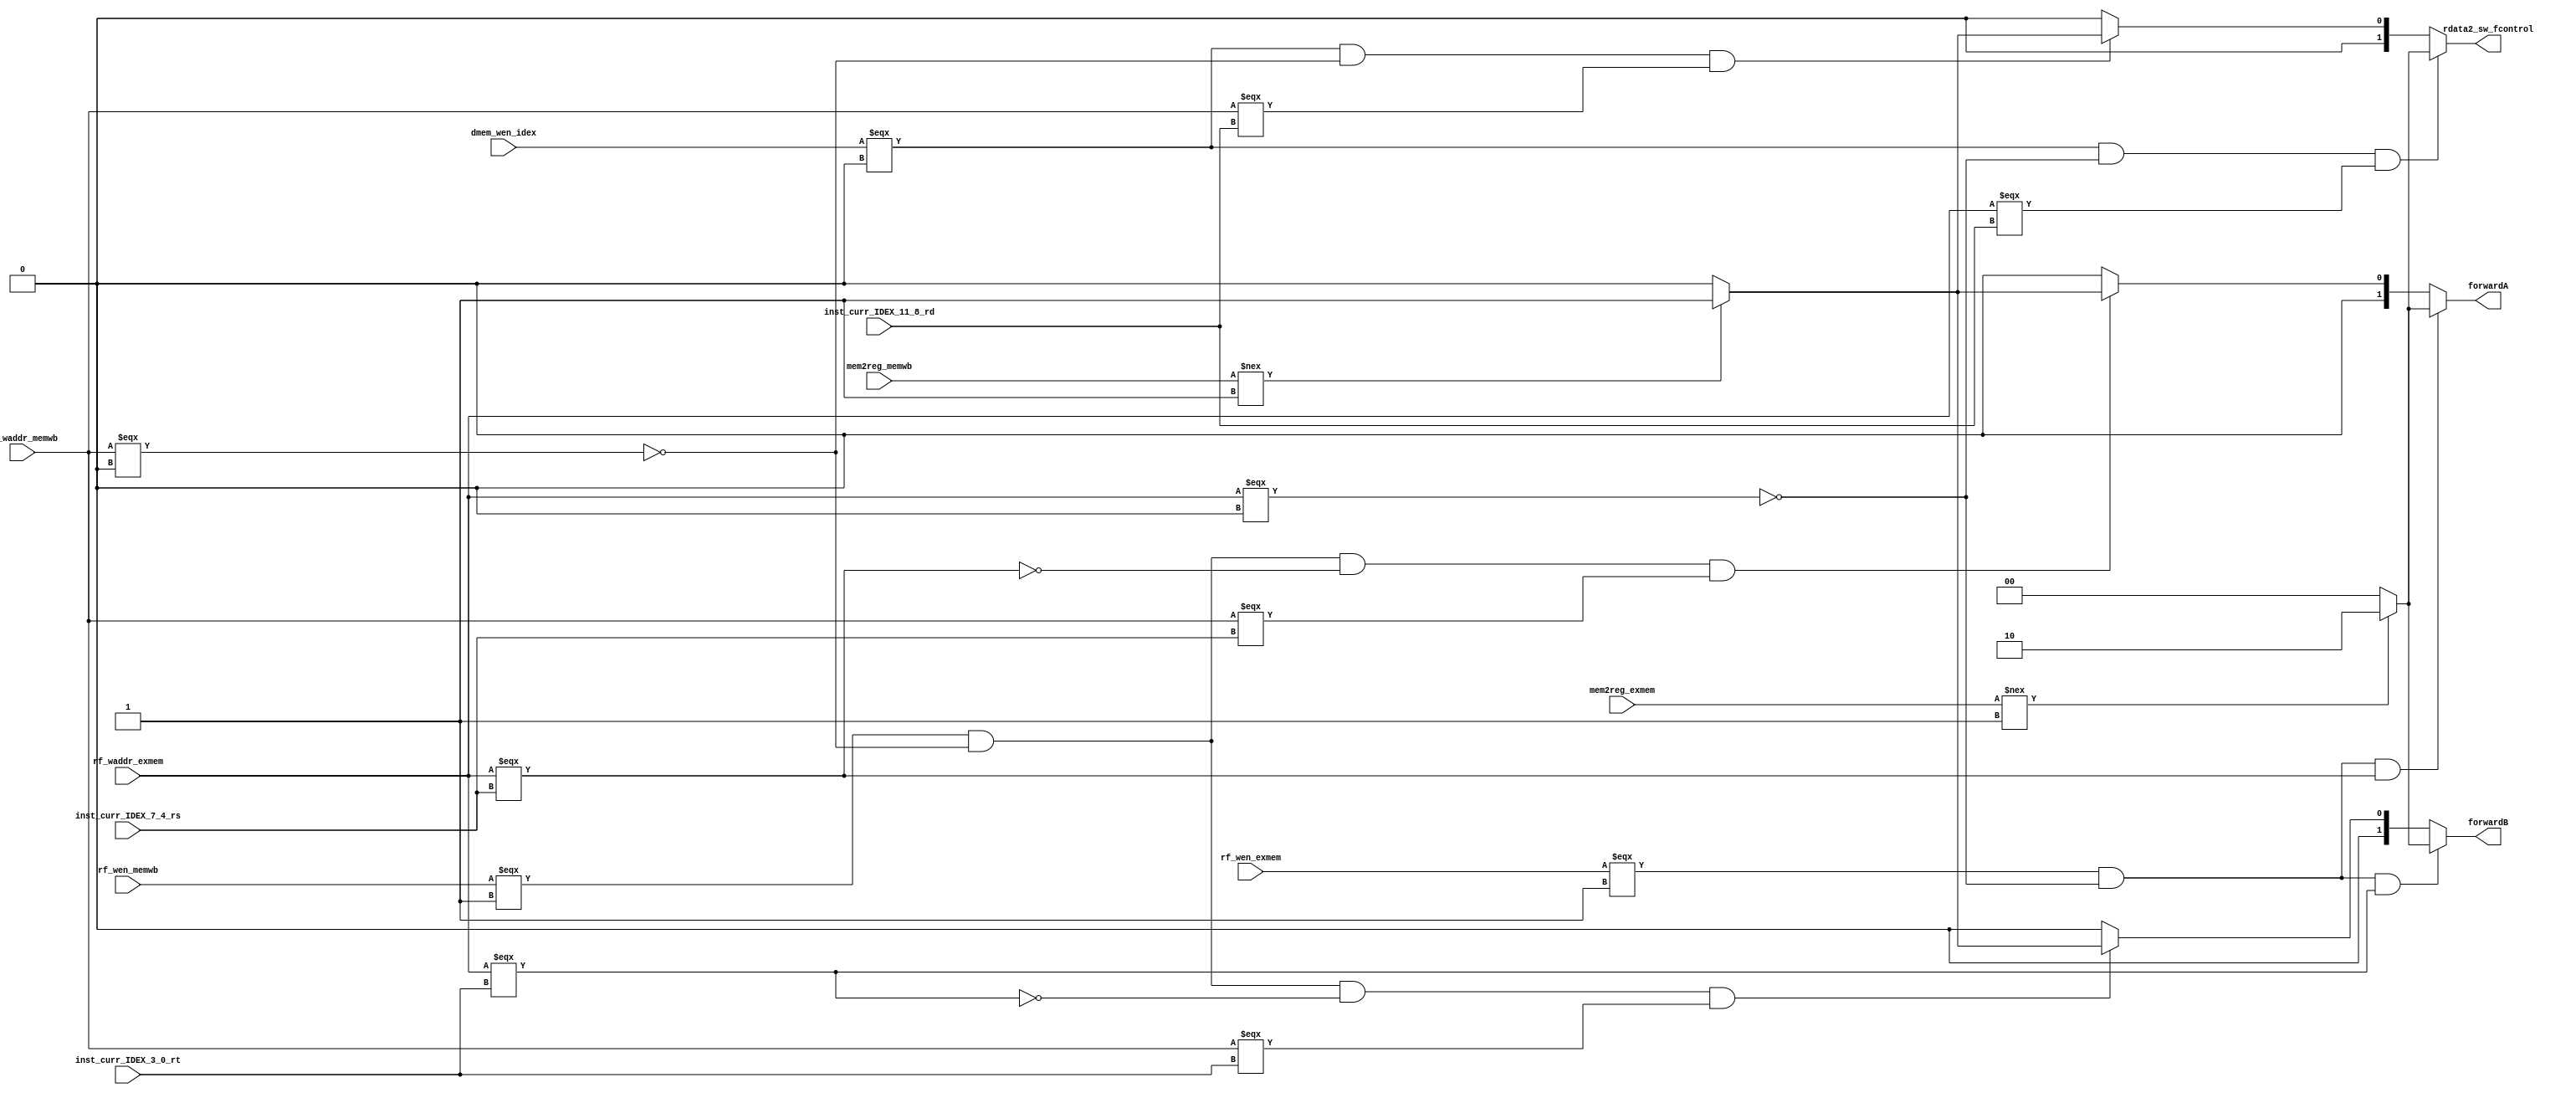
module forwarding_unit
  ( 
  rf_waddr_exmem,
  rf_waddr_memwb,
  inst_curr_IDEX_7_4_rs,
  inst_curr_IDEX_3_0_rt,
  inst_curr_IDEX_11_8_rd,
  rf_wen_exmem,
  rf_wen_memwb,
  mem2reg_memwb,
  mem2reg_exmem,
  dmem_wen_idex,
  forwardA,
  forwardB,
  rdata2_sw_fcontrol,
  );
  input [3:0] rf_waddr_exmem;
  input [3:0] rf_waddr_memwb;
  input [3:0] inst_curr_IDEX_7_4_rs;
  input [3:0] inst_curr_IDEX_3_0_rt;
  input [3:0] inst_curr_IDEX_11_8_rd;
  input rf_wen_exmem;
  input rf_wen_memwb;
  input mem2reg_memwb;
  input mem2reg_exmem;
  input dmem_wen_idex;
  output [1:0] forwardA;
  output [1:0] forwardB;
  output [1:0] rdata2_sw_fcontrol;
  assign forwardA = ((rf_wen_exmem === 1'b1) && (!(rf_waddr_exmem === 4'b0000)) 
              && (rf_waddr_exmem === inst_curr_IDEX_7_4_rs))? ((mem2reg_exmem!==1'b1)? 2'b10 : 2'b00) : 
              (((rf_wen_memwb === 1'b1) && (!(rf_waddr_memwb === 4'b0000))
              && (!(rf_waddr_exmem === inst_curr_IDEX_7_4_rs)) 
              && (rf_waddr_memwb === inst_curr_IDEX_7_4_rs)
              ) ? ((mem2reg_memwb!==1'b1)? 2'b01: 2'b00) : 2'b00);
  assign forwardB =  ((rf_wen_exmem === 1'b1) && (!(rf_waddr_exmem === 4'b0000)) 
              && (rf_waddr_exmem === inst_curr_IDEX_3_0_rt))? ((mem2reg_exmem!==1'b1)? 2'b10 : 2'b00) :  
              (((rf_wen_memwb === 1'b1) && (!(rf_waddr_memwb === 4'b0000))
              && (!(rf_waddr_exmem === inst_curr_IDEX_3_0_rt)) 
              && (rf_waddr_memwb === inst_curr_IDEX_3_0_rt)
              ) ? ((mem2reg_memwb!==1'b1)? 2'b01: 2'b00) : 2'b00);
  assign rdata2_sw_fcontrol = ((dmem_wen_idex === 1'b0) && (!(rf_waddr_exmem === 4'b0000))
                               && (rf_waddr_exmem === inst_curr_IDEX_11_8_rd)) ? ((mem2reg_exmem!==1'b1)? 2'b10: 2'b00) :
                               (((dmem_wen_idex === 1'b0) && (!(rf_waddr_memwb === 4'b0000))
                               && (rf_waddr_memwb === inst_curr_IDEX_11_8_rd)) ? ((mem2reg_memwb!==1'b1)? 2'b01 : 2'b00) : 2'b00);
endmodule